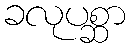
ခလုပစ္ဆာ